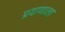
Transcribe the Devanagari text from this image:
प्रयाणाला